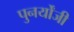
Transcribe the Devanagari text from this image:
पुनर्योंजी